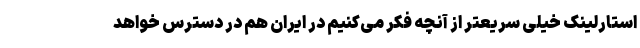
استارلینک خیلی سریعتر از آنچه فکر می‌کنیم در ایران هم در دسترس خواهد